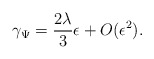
\begin{align*}\gamma_{\Psi} =\frac{2\lambda}{3} \epsilon + O(\epsilon^2).\end{align*}